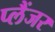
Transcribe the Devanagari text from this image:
प्लैंजर